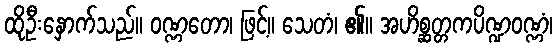
ထိုဦးနှောက်သည်။ ဝဏ္ဏတော၊ ဖြင့်။ သေတံ၊ ၏။ အဟိစ္ဆတ္တကပိဏ္ဍဝဏ္ဏံ၊